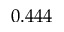
0 . 4 4 4